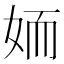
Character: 䎟